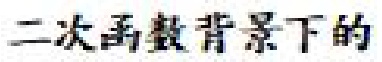
二次函数背景下的